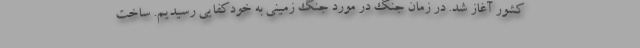
کشور آغاز شد. در زمان جنگ در مورد جنگ زمینی به خودکفایی رسیدیم. ساخت